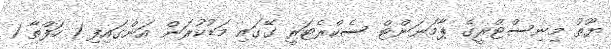
ޔޫތު މިނިސްޓްރީގެ ޕާމަނަންޓް ސެކްރެޓަރީ ގޭގައި މަޑުކުރަން އަންގައިފި 1 ހަފްތާ 1